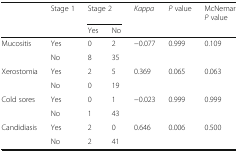
<table><thead><tr><td></td><td><b>Stage 1</b></td><td colspan="2"><b>Stage 2</b></td><td><b><i>Kappa</i></b></td><td><b><i>P</i> value</b></td><td><b>McNemar <i>P</i> value</b></td></tr><tr><td></td><td></td><td><b>Yes</b></td><td><b>No</b></td><td></td><td></td><td></td></tr></thead><tbody><tr><td>Mucositis</td><td>Yes</td><td>0</td><td>2</td><td>−0.077</td><td>0.999</td><td>0.109</td></tr><tr><td></td><td>No</td><td>8</td><td>35</td><td></td><td></td><td></td></tr><tr><td>Xerostomia</td><td>Yes</td><td>2</td><td>5</td><td>0.369</td><td>0.065</td><td>0.063</td></tr><tr><td></td><td>No</td><td>0</td><td>19</td><td></td><td></td><td></td></tr><tr><td>Cold sores</td><td>Yes</td><td>0</td><td>1</td><td>−0.023</td><td>0.999</td><td>0.999</td></tr><tr><td></td><td>No</td><td>1</td><td>43</td><td></td><td></td><td></td></tr><tr><td>Candidiasis</td><td>Yes</td><td>2</td><td>0</td><td>0.646</td><td>0.006</td><td>0.500</td></tr><tr><td></td><td>No</td><td>2</td><td>41</td><td></td><td></td><td></td></tr></tbody></table>